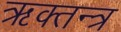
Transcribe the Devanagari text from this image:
ऋक्तन्त्र